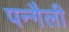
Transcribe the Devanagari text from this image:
पन्गैली